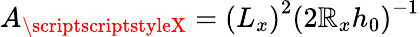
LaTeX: A_{\scriptscriptstyleX}=\left({L_{x}}\right)^{2}\left({2\mathbb{R}_{x}h_{0}}\right)^{-1}